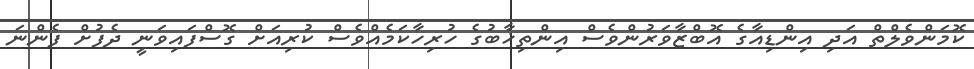
ކޮމަންވެލްތް އަދި އިންޑިއާގެ އޮބްޒާވަރުންވެސް އިންތިޚާބުގެ ހުރިހާކަމެއްވެސް ކުރިއަށް ގޮސްފައިވަނީ ދެފުށް ފެންނަ